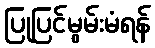
ပြုပြင်မွမ်းမံရန်